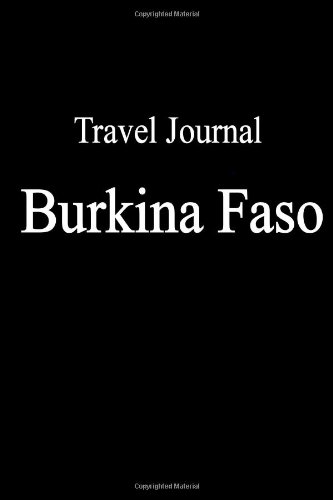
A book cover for Travel Journal Burkina Faso; E Locken; Travel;